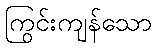
ကြွင်းကျန်သော